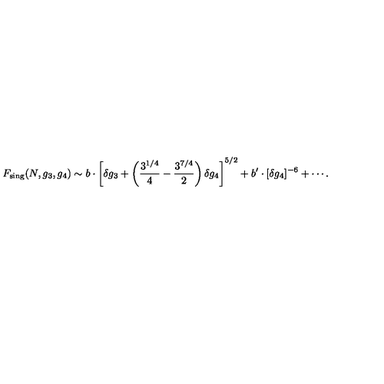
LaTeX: F _ { \mathrm { s i n g } } ( N , g _ { 3 } , g _ { 4 } ) \sim b \cdot \left[ \delta g _ { 3 } + \left( \frac { 3 ^ { 1 / 4 } } { 4 } - \frac { 3 ^ { 7 / 4 } } { 2 } \right) \delta g _ { 4 } \right] ^ { 5 / 2 } + b ^ { \prime } \cdot [ \delta g _ { 4 } ] ^ { - 6 } + \cdots .